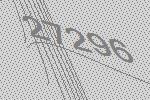
27296